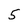
Character: 5